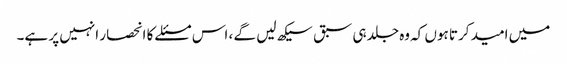
میں امید کرتا ہوں کہ وه جلد ہی سبق سیکھ لیں گے ، اس مسئلے کا انحصار انہیں پر ہے۔